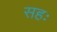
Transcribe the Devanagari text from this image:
सहः